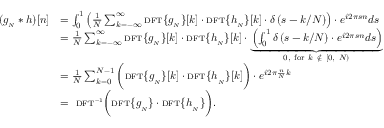
{ \begin{array} { r l } { ( g _ { _ { N } } * h ) [ n ] } & { = \int _ { 0 } ^ { 1 } \left( { \frac { 1 } { N } } \sum _ { k = - \infty } ^ { \infty } { \scriptstyle \mathrm { { D F T } } } \{ g _ { _ { N } } \} [ k ] \cdot { \scriptstyle \mathrm { { D F T } } } \{ h _ { _ { N } } \} [ k ] \cdot \delta \left( s - k / N \right) \right) \cdot e ^ { i 2 \pi s n } d s } \\ & { = { \frac { 1 } { N } } \sum _ { k = - \infty } ^ { \infty } { \scriptstyle \mathrm { { D F T } } } \{ g _ { _ { N } } \} [ k ] \cdot { \scriptstyle \mathrm { { D F T } } } \{ h _ { _ { N } } \} [ k ] \cdot \underbrace { \left( \int _ { 0 } ^ { 1 } \delta \left( s - k / N \right) \cdot e ^ { i 2 \pi s n } d s \right) } _ { { \mathrm { 0 , ~ f o r } } \ k \ \notin \ [ 0 , \ N ) } } \\ & { = { \frac { 1 } { N } } \sum _ { k = 0 } ^ { N - 1 } { \bigg ( } { \scriptstyle \mathrm { { D F T } } } \{ g _ { _ { N } } \} [ k ] \cdot { \scriptstyle \mathrm { { D F T } } } \{ h _ { _ { N } } \} [ k ] { \bigg ) } \cdot e ^ { i 2 \pi { \frac { n } { N } } k } } \\ & { = \ { \scriptstyle \mathrm { { D F T } } ^ { - 1 } } { \bigg ( } { \scriptstyle \mathrm { { D F T } } } \{ g _ { _ { N } } \} \cdot { \scriptstyle \mathrm { { D F T } } } \{ h _ { _ { N } } \} { \bigg ) } . } \end{array} }